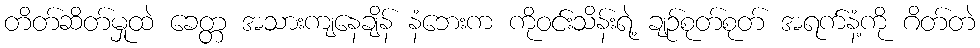
တိတ်ဆိတ်မှုထဲ ခေတ္တ အသားကျနေချိန် နံဘေးက ကိုဝင်းသိန်းရဲ့ ချဉ်စုတ်စုတ် အရက်နံ့ကို ဂိတ်တဲ